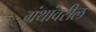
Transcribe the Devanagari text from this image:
ग्रंथांवरील